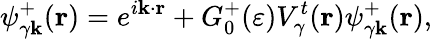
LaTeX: \psi_{\gamma{\mathbf k}}^{+}({\mathbf r})=e^{i\mathbf{k}\cdot\mathbf{r}}+G_{0}^{+}(\varepsilon)V_{\gamma}^{t}(\mathbf{r})\psi_{\gamma\mathbf{k}}^{+}(\mathbf{r}),